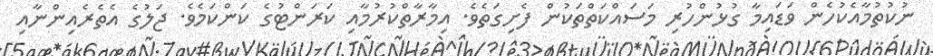
ނުކުތުމާއެކުހެން ވަޑައިމާ ގުޅުންހުރި މަސައްކަތްތަކުން ފެށިގަތެވެ. އިމާރާތްކުރުމާއި ކަރަންޓުގެ ކަންކަމެވެ. ޖަލުގެ އެތެރެއިންނާއި